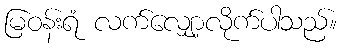
မြဝန်းရံ လက်လျှော့လိုက်ပါသည်။